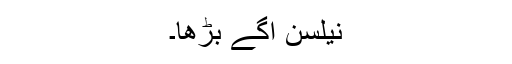
نیلسن آگے بڑھا۔